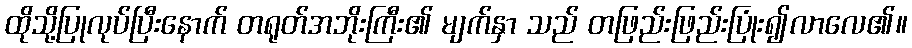
ထိုသို့ပြုလုပ်ပြီးနောက် တရုတ်အဘိုးကြီး၏ မျက်နှာ သည် တဖြည်းဖြည်းပြုံး၍လာလေ၏။